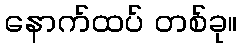
နောက်ထပ် တစ်ခု။